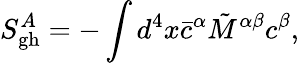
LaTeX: S_{\mathrm{gh}}^{A}=-\int d^{4}x{\bar{c}}^{\alpha}\tilde{M}^{\alpha\beta}c^{\beta},